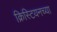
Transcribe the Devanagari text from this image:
क्रिस्टियनच्या